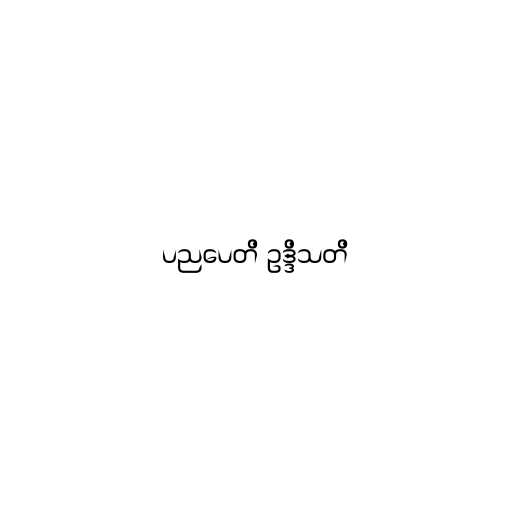
ပညပေတိ ဥဒ္ဒိသတိ